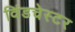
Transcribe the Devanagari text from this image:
विंडचेस्टर